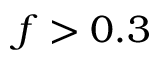
f > 0 . 3